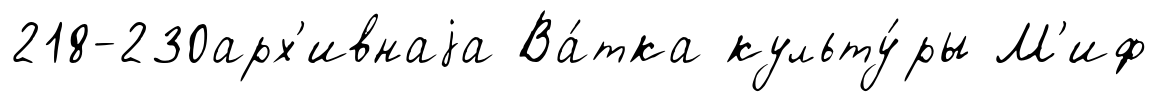
218-230арх'ивнаjа Ва́тка культу́ры М'иф